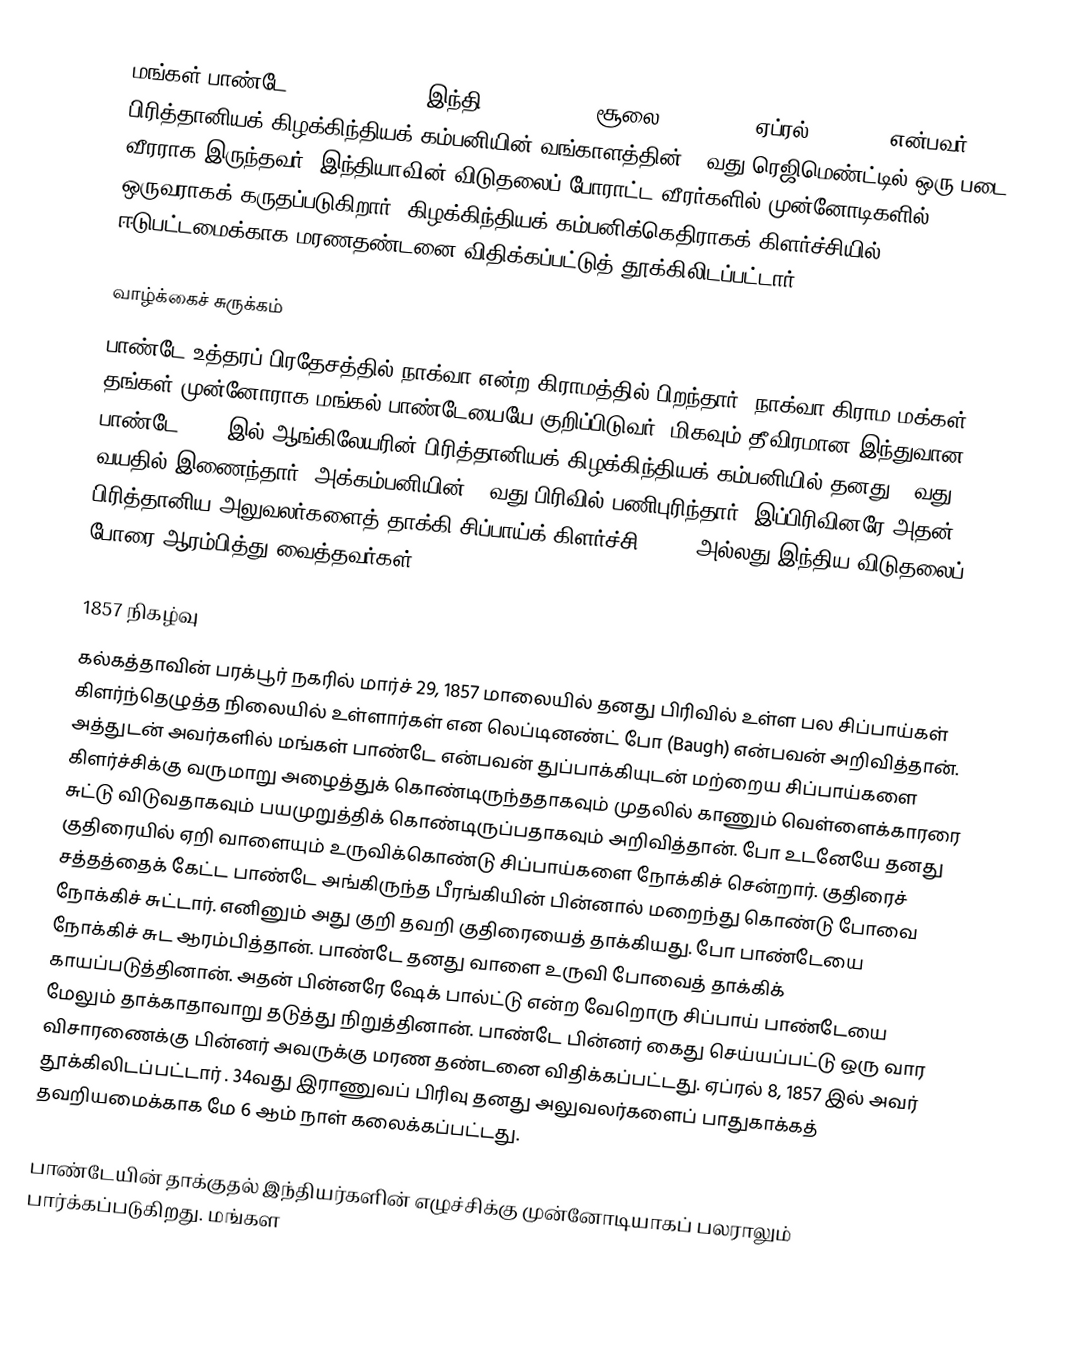
மங்கள் பாண்டே (Mangal Pandey, இந்தி: मंगल पांडे, சூலை 19, 1827 – ஏப்ரல் 8, 1857) என்பவர் பிரித்தானியக் கிழக்கிந்தியக் கம்பனியின் வங்காளத்தின் 34வது ரெஜிமெண்ட்டில் ஒரு படை வீரராக இருந்தவர். இந்தியாவின் விடுதலைப் போராட்ட வீரர்களில் முன்னோடிகளில் ஒருவராகக் கருதப்படுகிறார். கிழக்கிந்தியக் கம்பனிக்கெதிராகக் கிளர்ச்சியில் ஈடுபட்டமைக்காக மரணதண்டனை விதிக்கப்பட்டுத் தூக்கிலிடப்பட்டார்.

வாழ்க்கைச் சுருக்கம்
பாண்டே உத்தரப் பிரதேசத்தில் நாக்வா என்ற கிராமத்தில் பிறந்தார். நாக்வா கிராம மக்கள் தங்கள் முன்னோராக மங்கல் பாண்டேயையே குறிப்பிடுவர். மிகவும் தீவிரமான இந்துவான பாண்டே 1849 இல் ஆங்கிலேயரின் பிரித்தானியக் கிழக்கிந்தியக் கம்பனியில் தனது 22வது வயதில் இணைந்தார். அக்கம்பனியின் 34வது பிரிவில் பணிபுரிந்தார். இப்பிரிவினரே அதன் பிரித்தானிய அலுவலர்களைத் தாக்கி சிப்பாய்க் கிளர்ச்சி, 1857 அல்லது இந்திய விடுதலைப் போரை ஆரம்பித்து வைத்தவர்கள்.

1857 நிகழ்வு
கல்கத்தாவின் பரக்பூர் நகரில் மார்ச் 29, 1857 மாலையில் தனது பிரிவில் உள்ள பல சிப்பாய்கள் கிளர்ந்தெழுத்த நிலையில் உள்ளார்கள் என லெப்டினண்ட் போ (Baugh) என்பவன் அறிவித்தான். அத்துடன் அவர்களில் மங்கள் பாண்டே என்பவன் துப்பாக்கியுடன் மற்றைய சிப்பாய்களை கிளர்ச்சிக்கு வருமாறு அழைத்துக் கொண்டிருந்ததாகவும் முதலில் காணும் வெள்ளைக்காரரை சுட்டு விடுவதாகவும் பயமுறுத்திக் கொண்டிருப்பதாகவும் அறிவித்தான். போ உடனேயே தனது குதிரையில் ஏறி வாளையும் உருவிக்கொண்டு சிப்பாய்களை நோக்கிச் சென்றார். குதிரைச் சத்தத்தைக் கேட்ட பாண்டே அங்கிருந்த பீரங்கியின் பின்னால் மறைந்து கொண்டு போவை நோக்கிச் சுட்டார். எனினும் அது குறி தவறி குதிரையைத் தாக்கியது. போ பாண்டேயை நோக்கிச் சுட ஆரம்பித்தான். பாண்டே தனது வாளை உருவி போவைத் தாக்கிக் காயப்படுத்தினான். அதன் பின்னரே ஷேக் பால்ட்டு என்ற வேறொரு சிப்பாய் பாண்டேயை மேலும் தாக்காதாவாறு தடுத்து நிறுத்தினான். பாண்டே பின்னர் கைது செய்யப்பட்டு ஒரு வார விசாரணைக்கு பின்னர் அவருக்கு மரண தண்டனை விதிக்கப்பட்டது. ஏப்ரல் 8, 1857 இல் அவர் தூக்கிலிடப்பட்டார் . 34வது இராணுவப் பிரிவு தனது அலுவலர்களைப் பாதுகாக்கத் தவறியமைக்காக மே 6 ஆம் நாள் கலைக்கப்பட்டது.

பாண்டேயின் தாக்குதல் இந்தியர்களின் எழுச்சிக்கு முன்னோடியாகப் பலராலும் பார்க்கப்படுகிறது. மங்கள